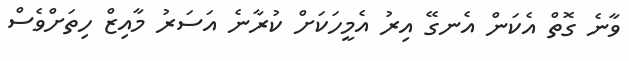
ވާނެ ގޮތް އެކަން އެނގޭ އިރު އެމީހަކަށް ކުރާނެ އަސަރު މާއިޒް ހިތަށްވެސް